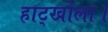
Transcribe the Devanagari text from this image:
हाट्खोला।